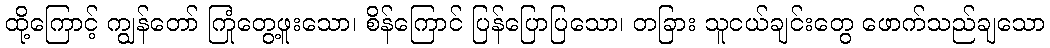
ထို့ကြောင့် ကျွန်တော် ကြုံတွေ့ဖူးသော၊ စိန်ကြောင် ပြန်ပြောပြသော၊ တခြား သူငယ်ချင်းတွေ ဖောက်သည်ချသော